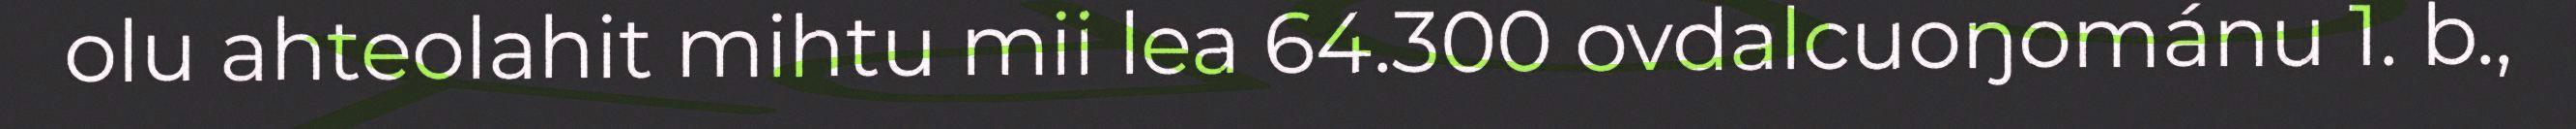
olu ahteolahit mihtu mii lea 64.300 ovdalcuoŋománu 1. b.,